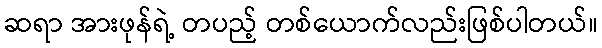
ဆရာ အားဖုန်ရဲ့ တပည့် တစ်ယောက်လည်းဖြစ်ပါတယ်။